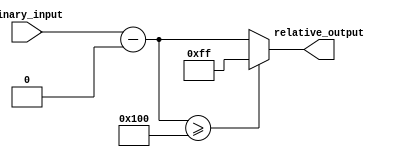
module RelativeEncoder #(parameter N = 8, M = 8) (
    input  wire [N-1:0] binary_input, // N-bit binary input
    output reg  [M-1:0] relative_output // M-bit relative output
);

    // Define the reference point (can be adjusted as needed)
    localparam [N-1:0] REF_POINT = 0; // Reference point (e.g., 0)

    // Combinational logic to calculate relative position
    always @(*) begin
        // Calculate the relative position
        relative_output = binary_input - REF_POINT;

        // Handle wrap-around for unsigned numbers
        if (relative_output >= (1 << M)) begin
            relative_output = (1 << M) - 1; // Saturate to max value
        end
    end

endmodule